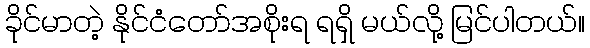
ခိုင်မာတဲ့ နိုင်ငံတော်အစိုးရ ရရှိ မယ်လို့ မြင်ပါတယ်။